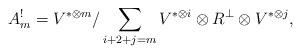
LaTeX: \begin{align*} A^!_m=V^{\ast \otimes m} / \sum_{i+2+j=m} V^{\ast \otimes i}\otimes R^{\perp} \otimes V^{\ast \otimes j},\end{align*}